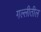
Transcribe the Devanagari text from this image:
गल्लीतील